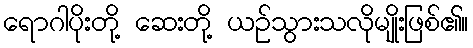
ရောဂါပိုးတို့ ဆေးတို့ ယဉ်သွားသလိုမျိုးဖြစ်၏။